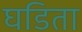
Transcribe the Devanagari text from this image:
घडिता